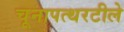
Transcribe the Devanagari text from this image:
चूनापत्थरटीले